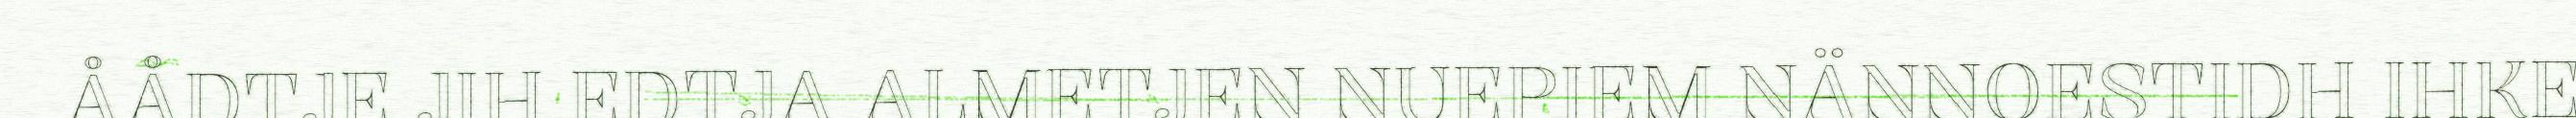
ÅÅDTJE JIH EDTJA ALMETJEN NUEPIEM NÄNNOESTIDH IHKE